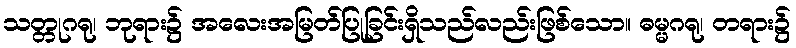
သတ္တုဂရု၊ ဘုရား၌ အလေးအမြတ်ပြုခြင်းရှိသည်လည်းဖြစ်သော။ ဓမ္မဂရု၊ တရား၌